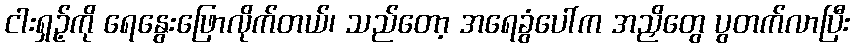
ငါးရှဉ့်ကို ရေနွေးဖြောလိုက်တယ်၊ သည်တော့ အရေခွံပေါ်က အညှိတွေ ပွတက်လာပြီး